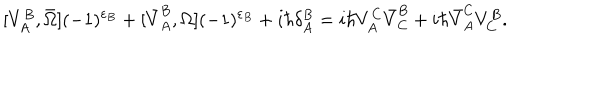
LaTeX: [ V _ { A } ^ { B } , \bar { \Omega } ] ( - 1 ) ^ { \varepsilon _ { B } } + [ \bar { V } _ { A } ^ { B } , \Omega ] ( - 1 ) ^ { \varepsilon _ { B } } + i \hbar \delta _ { A } ^ { B } = i \hbar V _ { A } ^ { C } \bar { V } _ { C } ^ { B } + i \hbar \bar { V } _ { A } ^ { C } V _ { C } ^ { B } .